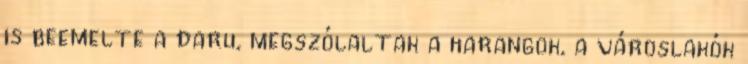
is beemelte a daru, megszólaltak a harangok, a városlakók